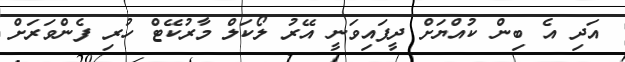
އަދި އެ ބިން ކުއްޔަށް ދީފައިވަނީ އޭރު ލޯކަލް މާރުކޭޓް ހުރި ފެންވަރަށް